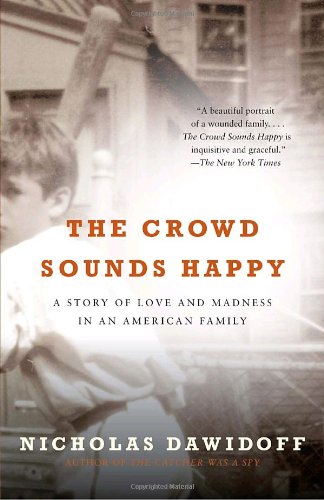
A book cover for The Crowd Sounds Happy: A Story of Love and Madness in an American Family; Nicholas Dawidoff; Sports & Outdoors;